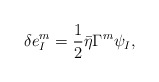
\begin{align*}\delta e^m_I=\frac{1}{2}\bar \eta \Gamma^m \psi_I,\end{align*}